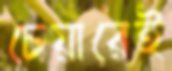
চেয়ারেই